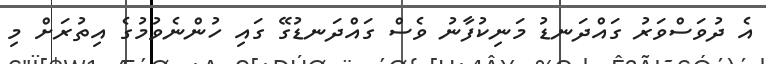
އެ ދުވަސްވަރު ގައްދަނޑު މަނިކުފާނު ވެސް ގައްދަނޑުގޭ ގައި ހުންނެވުމުގެ އިތުރަށް މި